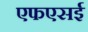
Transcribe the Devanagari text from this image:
एफएसई